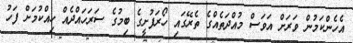
އެހެންކަމުން ވަރަށް އަވަސް މުއްދަތެއްގެ ތެރޭގައި ހޯރަފުށީގެ ބިމުގެ ސަރަހައްދެއް ހިއްކުމަށް ފަހު